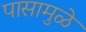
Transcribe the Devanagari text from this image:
पासामुळे